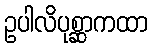
ဥပါလိပုစ္ဆာကထာ